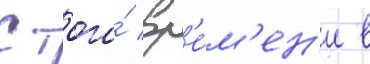
С того́ вр'е́м'ен'и в